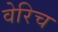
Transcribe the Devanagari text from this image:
वेरिच